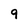
Character: 9